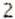
2